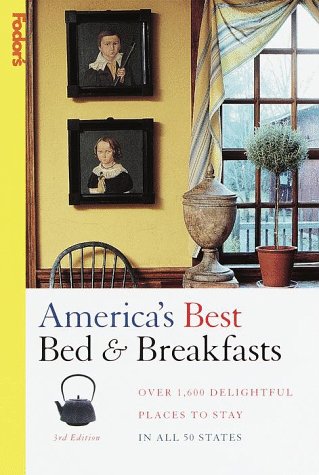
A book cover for America's Best Bed & Breakfasts : Over 1,600 Delightful Places to Stay in All 50 States; Fodor's; Travel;